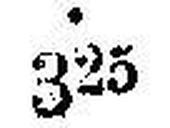
325